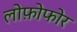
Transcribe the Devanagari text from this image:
लोफ़ोफोर